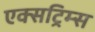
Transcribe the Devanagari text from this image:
एक्सट्रिम्स